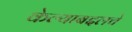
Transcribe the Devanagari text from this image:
केल्याबद्दलचे